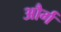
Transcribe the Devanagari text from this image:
और्ग